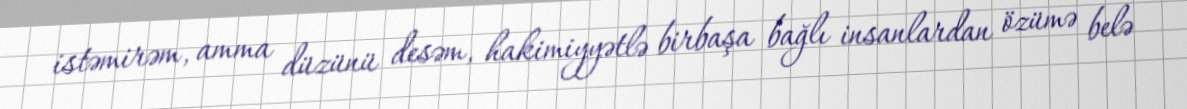
istəmirəm, amma düzünü desəm, hakimiyyətlə birbaşa bağlı insanlardan özümə belə